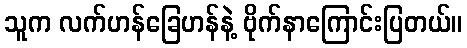
သူက လက်ဟန်ခြေဟန်နဲ့ ဗိုက်နာကြောင်းပြတယ်။